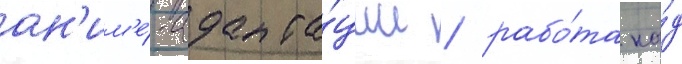
ан'им'е́-адапта́ции / рабо́та на́д